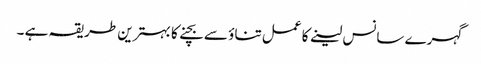
گہرے سانس لینے کا عمل تناؤ سے بچنے کا بہترین طریقہ ہے ۔